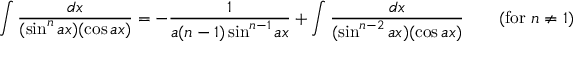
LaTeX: \int { \frac { d x } { ( \sin ^ { n } a x ) ( \cos a x ) } } = - { \frac { 1 } { a ( n - 1 ) \sin ^ { n - 1 } a x } } + \int { \frac { d x } { ( \sin ^ { n - 2 } a x ) ( \cos a x ) } } \qquad { \mathrm { ( f o r ~ } } n \neq 1 { \mathrm { ) } }